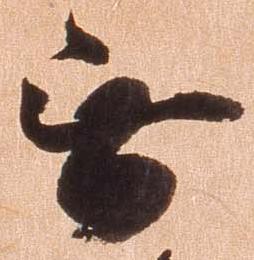
無